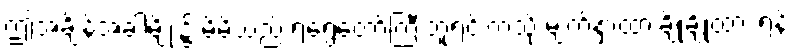
ဤအချိန်အခါမျိုး၌ မိမိသည် ရံရွေတော်ကြီးဘူရင်းကဲ့သို့ မျက်နှာထားချိုချိုထား ရန်